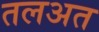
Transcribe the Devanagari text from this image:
तलअत